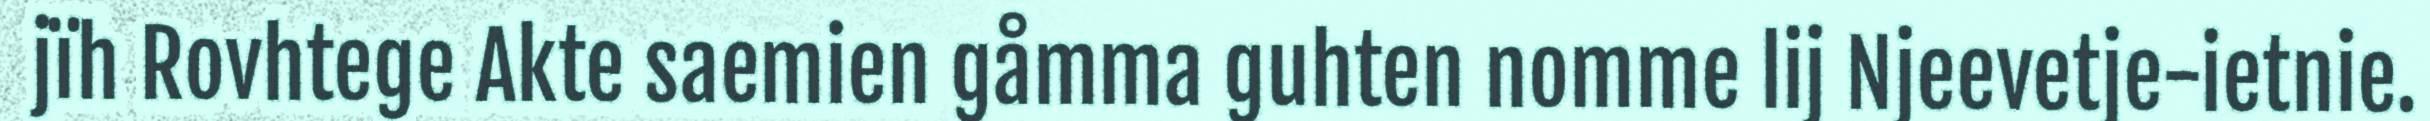
jïh Rovhtege Akte saemien gåmma guhten nomme lij Njeevetje-ietnie.